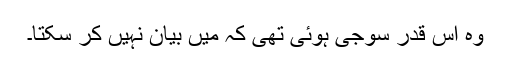
وہ اس قدر سوجی ہوئی تھی کہ میں بیان نہیں کر سکتا۔